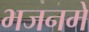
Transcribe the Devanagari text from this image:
भजनमें